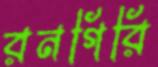
রনগিরি